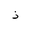
Letter: _thal